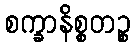
စက္ခာနိစ္စတဉ္စ